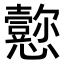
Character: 𪭁